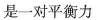
是一对平衡力